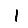
Digit: 1